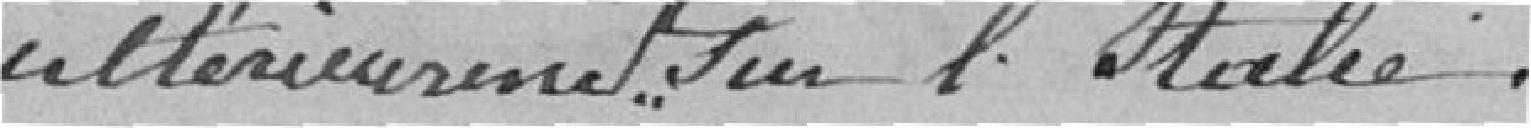
ultérieurement d'Italie.